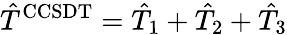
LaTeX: \hat{T}^{\mathrm{CCSDT}}=\hat{T}_{1}+\hat{T}_{2}+\hat{T}_{3}